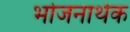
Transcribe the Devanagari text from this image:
भोजनार्थक